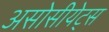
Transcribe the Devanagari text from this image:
असोसीयेट्स